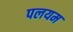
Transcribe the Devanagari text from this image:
पलयम